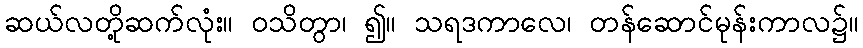
ဆယ်လတို့ဆက်လုံး။ ဝသိတွာ၊ ၍။ သရဒကာလေ၊ တန်ဆောင်မုန်းကာလ၌။